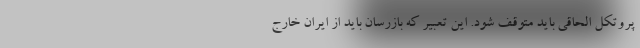
پروتکل الحاقی باید متوقف شود. این تعبیر که بازرسان باید از ایران خارج